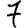
Digit: 7